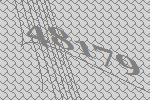
48179